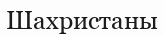
Шахристаны